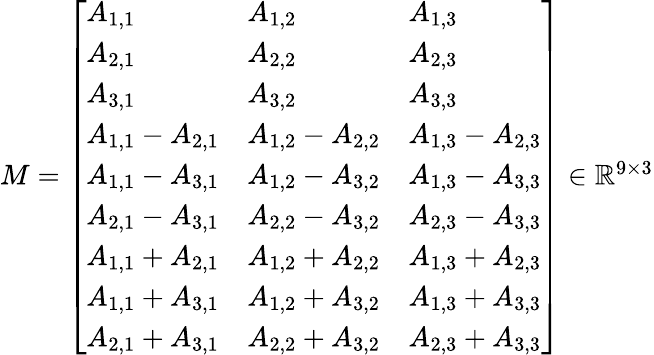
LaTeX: \begin{array}{r}{M=\left[\begin{array}{lll}{A_{1,1}}&{A_{1,2}}&{A_{1,3}}\\ {A_{2,1}}&{A_{2,2}}&{A_{2,3}}\\ {A_{3,1}}&{A_{3,2}}&{A_{3,3}}\\ {A_{1,1}-A_{2,1}}&{A_{1,2}-A_{2,2}}&{A_{1,3}-A_{2,3}}\\ {A_{1,1}-A_{3,1}}&{A_{1,2}-A_{3,2}}&{A_{1,3}-A_{3,3}}\\ {A_{2,1}-A_{3,1}}&{A_{2,2}-A_{3,2}}&{A_{2,3}-A_{3,3}}\\ {A_{1,1}+A_{2,1}}&{A_{1,2}+A_{2,2}}&{A_{1,3}+A_{2,3}}\\ {A_{1,1}+A_{3,1}}&{A_{1,2}+A_{3,2}}&{A_{1,3}+A_{3,3}}\\ {A_{2,1}+A_{3,1}}&{A_{2,2}+A_{3,2}}&{A_{2,3}+A_{3,3}}\end{array}\right]\in\mathbb{R}^{9\times 3}}\end{array}